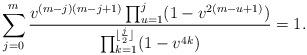
LaTeX: \begin{align*}\sum_{j=0}^m \frac{v^{(m-j)(m-j+1)} \prod_{u=1}^j (1 -v^{2(m-u+1)})}{\prod_{k=1}^{\lfloor \frac{j}2\rfloor}(1-v^{4k})} =1. \end{align*}